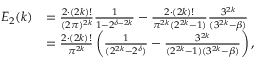
\begin{array} { r l } { E _ { 2 } ( k ) } & { = \frac { 2 \cdot ( 2 k ) ! } { ( 2 \pi ) ^ { 2 k } } \frac { 1 } { 1 - 2 ^ { \delta - 2 k } } - \frac { 2 \cdot ( 2 k ) ! } { \pi ^ { 2 k } ( 2 ^ { 2 k } - 1 ) } \frac { 3 ^ { 2 k } } { ( 3 ^ { 2 k } - \beta ) } } \\ & { = \frac { 2 \cdot ( 2 k ) ! } { \pi ^ { 2 k } } \left( \frac { 1 } { ( 2 ^ { 2 k } - 2 ^ { \delta } ) } - \frac { 3 ^ { 2 k } } { ( 2 ^ { 2 k } - 1 ) ( 3 ^ { 2 k } - \beta ) } \right) , } \end{array}